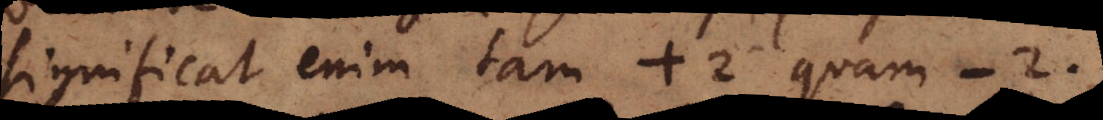
significat enim tam +2 quam -2.